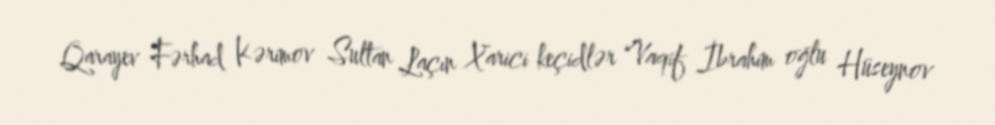
Qarayev Fərhad Kərimov Sultan Laçın Xarici keçidlər Vaqif İbrahim oğlu Hüseynov